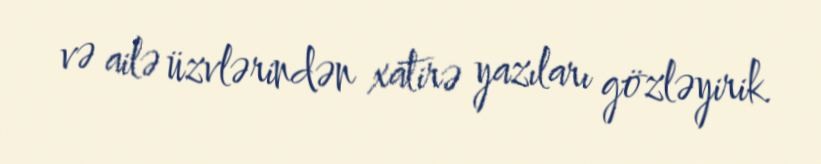
və ailə üzvlərindən xatirə yazıları gözləyirik.